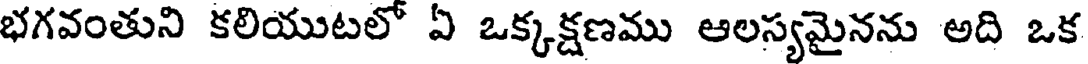
భగవంతుని కలియుటలో ఏ ఒక్కక్షణము ఆలస్యమైనను అది ఒక